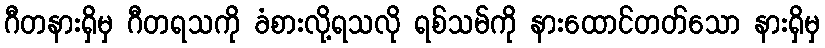
ဂီတနားရှိမှ ဂီတရသကို ခံစားလို့ရသလို ရစ်သမ်ကို နားထောင်တတ်သော နားရှိမှ